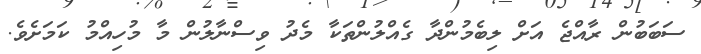
ސަބަބުން ރާއްޖެ އަށް ލިބެމުންދާ ގެއްލުންތަކާ މެދު ވިސްނާލުން މާ މުހިއްމު ކަމަށެވެ.